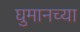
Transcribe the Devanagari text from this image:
घुमानच्या